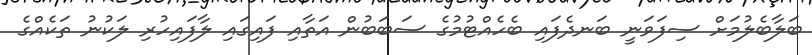
ބަލާބެލުމަށް ސިފަވަނީ ބަނދެފައި ބެހެއްޓުމުގެ ސަބަބުން އަތާއި ފައިގައި ލާފައިހުރި ލަކުނު ތަކެއްގެ